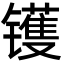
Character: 镬